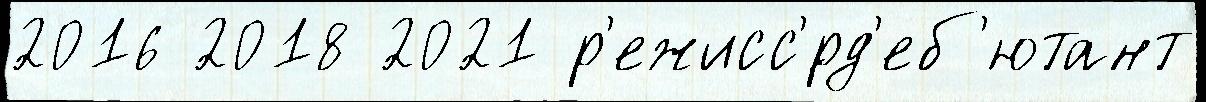
2016 2018 2021 р'ежисс'́рд'еб'ютант